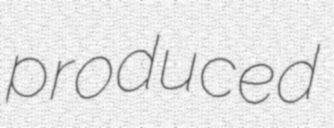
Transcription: produced